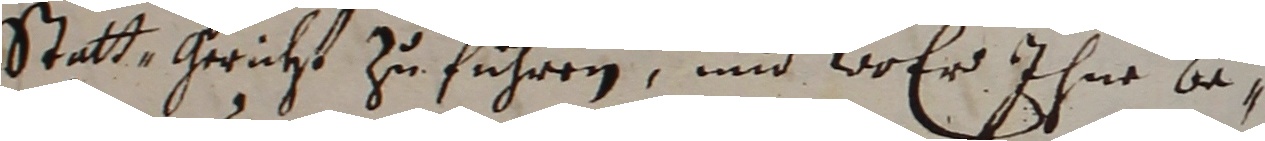
statt gericht zu führen und wo er ihne beß